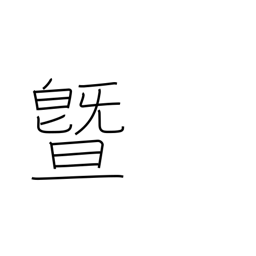
Meaning: and